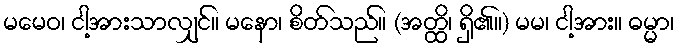
မမေဝ၊ ငါ့အားသာလျှင်။ မနော၊ စိတ်သည်။ (အတ္ထိ၊ ရှိ၏။) မမ၊ ငါ့အား။ ဓမ္မာ၊